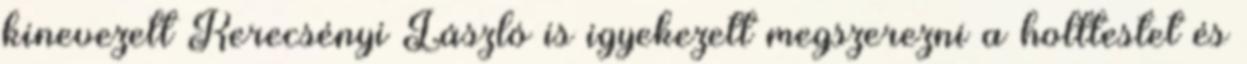
kinevezett Kerecsényi László is igyekezett megszerezni a holttestet és